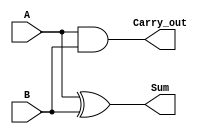
module Half_Adder(Sum,Carry_out,A,B);
		input A,B;
		output Sum,Carry_out;
		
		xor(Sum,A,B);
		and(Carry_out,A,B);
endmodule


module Full_Adder(Sum, Carry_out, A,B, Carry_in);
		input A,B, Carry_in;
		output Sum, Carry_out;
		
		wire w1,w2,w3;
		
				Half_Adder HA1(w1,w2,A,B);
				Half_Adder HA2(Sum,w3, Carry_in);
				or(Carry_out,w3,w2);
endmodule



module eight_bit_adder_beh(S,A,B,clk);
		input  wire [7:0] A,B;
		input clk;
		wire[0:8] Y;
		output reg[8:0] S;
		
		wire w1,w2,w3,w4,w5,w6,w7;
		
		Half_Adder HA0(Y[0],w1,A[0],B[0]);
		Full_Adder FA1(Y[1],w2,A[1],B[1],w1);
		Full_Adder FA2(Y[2],w3,A[2],B[2],w2);
		Full_Adder FA3(Y[3],w4,A[3],B[3],w3);
		Full_Adder FA4(Y[4],w5,A[4],B[4],w4);
		Full_Adder FA5(Y[5],w6,A[5],B[5],w5);
		Full_Adder FA6(Y[6],w7,A[6],B[6],w6);
		Full_Adder FA7(Y[7],Y[8],A[7],B[7],w7);
		
		always @(posedge clk)
			S<=Y;
endmodule